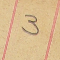
3